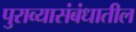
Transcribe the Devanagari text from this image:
पुराव्यासंबंधातील